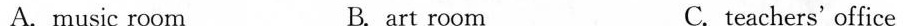
A.music room B. art room C. teachers' office